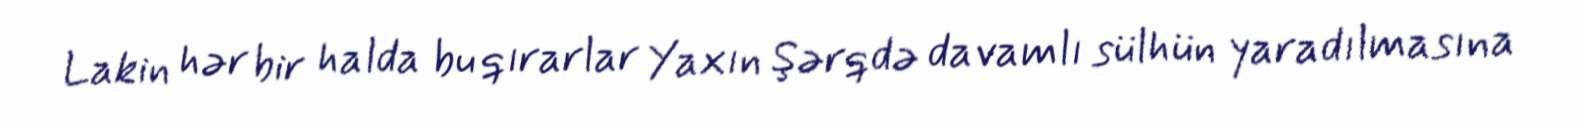
Lakin hər bir halda bu qırarlar Yaxın Şərqdə davamlı sülhün yaradılmasına